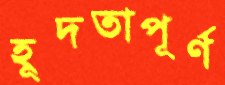
হূদতাপূর্ণ